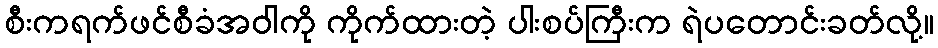
စီးကရက်ဖင်စီခံအဝါကို ကိုက်ထားတဲ့ ပါးစပ်ကြီးက ရဲပတောင်းခတ်လို့။